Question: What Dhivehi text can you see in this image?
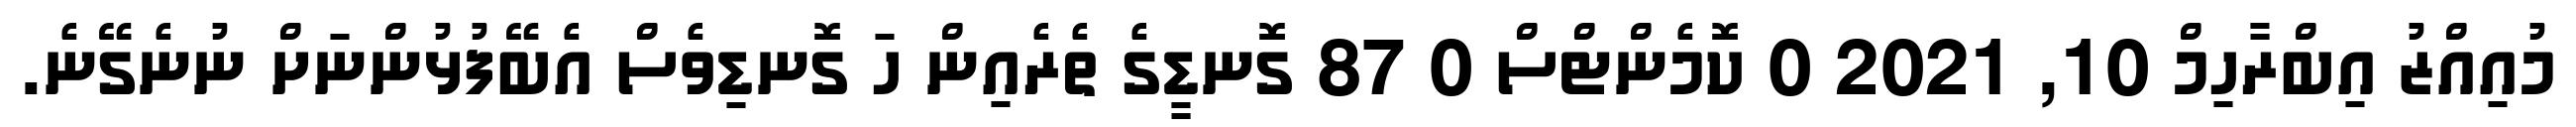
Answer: މުއިއްޒު އިބްރާހިމް 10, 2021 0 ކޮމެންޓްސް 0 87 ގޮނޑީގެ ތެރެއިން ހަ ގޮނޑިވެސް އެބޭފުޅުންނަށް ނުނެގޭނެ.